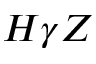
H \gamma Z